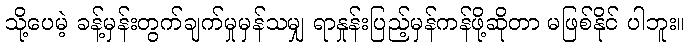
သို့ပေမဲ့ ခန့်မှန်းတွက်ချက်မှုမှန်သမျှ ရာနှုန်းပြည့်မှန်ကန်ဖို့ဆိုတာ မဖြစ်နိုင် ပါဘူး။